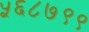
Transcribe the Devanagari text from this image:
५६८७९९